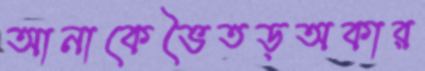
আনাকেভৈতড়অকার